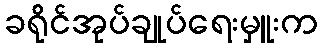
ခရိုင်အုပ်ချုပ်ရေးမှူးက